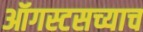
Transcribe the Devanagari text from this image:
ऑगस्टसच्याच